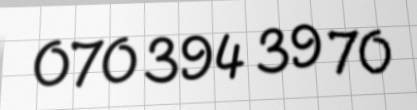
070 394 39 70